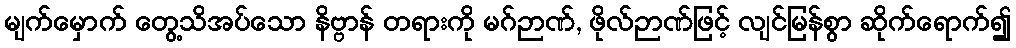
မျက်မှောက် တွေ့သိအပ်သော နိဗ္ဗာန် တရားကို မဂ်ဉာဏ်, ဖိုလ်ဉာဏ်ဖြင့် လျင်မြန်စွာ ဆိုက်ရောက်၍